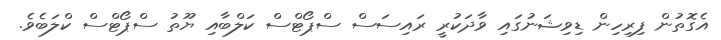
އެގޮތުން ފިރިހިން ޑިވިޝަނުގައި ވާދަކުރީ ރައިސަސް ސްޕޯޓްސް ކަލްބާއި ޔޫތު ސްޕޯޓްސް ކްލަބެވެ.